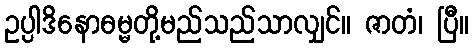
ဥပ္ပါဒိနောဓမ္မတို့မည်သည်သာလျှင်။ ဇာတံ၊ ပြီ။